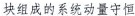
块组成的系统动量守恒